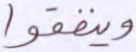
وينفقوا